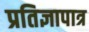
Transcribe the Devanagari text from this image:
प्रतिज्ञापात्र